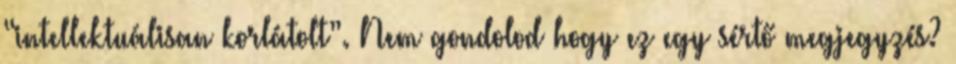
“intellektuálisan korlátolt”. Nem gondolod hogy ez egy sértő megjegyzés?